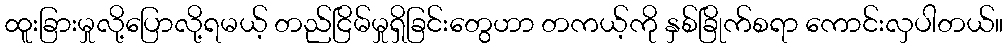
ထူးခြားမှုလို့ပြောလို့ရမယ့် တည်ငြိမ်မှုရှိခြင်းတွေဟာ တကယ့်ကို နှစ်ခြိုက်စရာ ကောင်းလှပါတယ်။